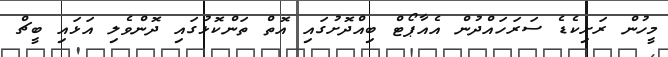
މީހުން ރަށިކެޑެ ސަރަހައްދުން އެއާޕޯޓް ބިއްދޮށުގައި އޮތް ތަންކޮޅުގައި ދޮންވެލި އަޅައި ބީޗް